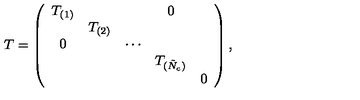
T = \left( \begin{array} { c c c c c } { T _ { ( 1 ) } } & { } & { } & { 0 } & { } \\ { } & { T _ { ( 2 ) } } & { } & { } & { } \\ { 0 } & { } & { \cdots } & { } & { } \\ { } & { } & { } & { T _ { ( \tilde { N } _ { c } ) } } & { } \\ { } & { } & { } & { } & { 0 } \\ \end{array} \right) ,